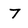
Character: 7